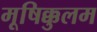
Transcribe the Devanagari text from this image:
मूषिक्कुलम